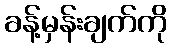
ခန့်မှန်းချက်ကို